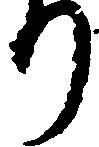
り